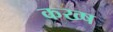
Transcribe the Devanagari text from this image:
कख्ष